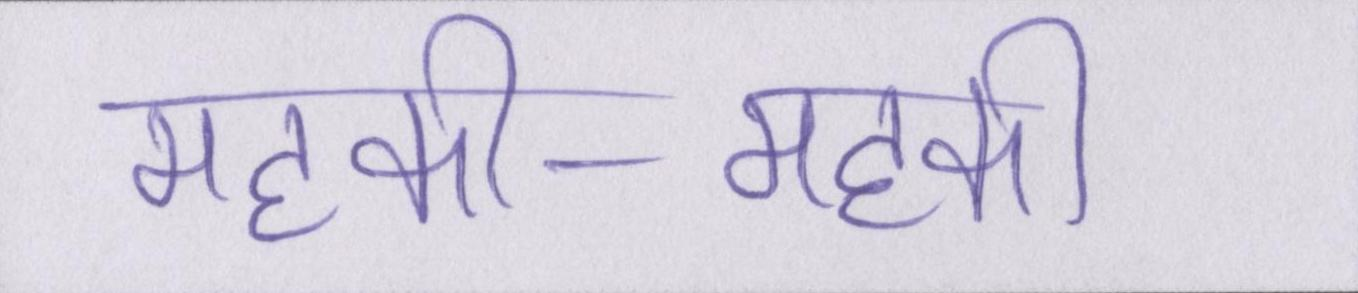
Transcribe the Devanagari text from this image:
महकी-महकी